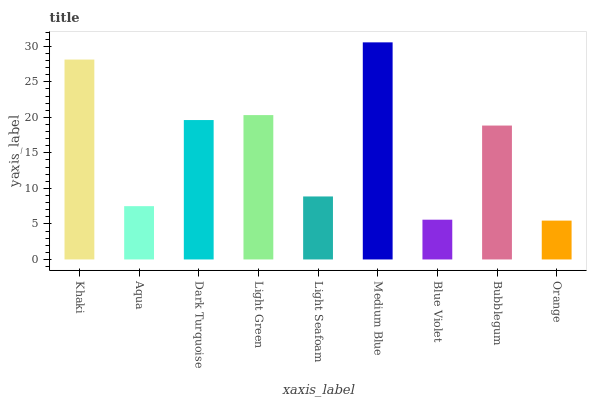
| xaxis_label | bars |
 | --- | --- |
 | Khaki | 28.1 |
 | Aqua | 7.5 |
 | Dark Turquoise | 19.6 |
 | Light Green | 20.3 |
 | Light Seafoam | 8.87 |
 | Medium Blue | 30.6 |
 | Blue Violet | 5.6 |
 | Bubblegum | 18.8 |
 | Orange | 5.47 |